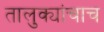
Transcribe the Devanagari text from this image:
तालुक्यांचाच